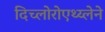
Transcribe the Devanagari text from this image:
दिच्लोरोएथ्य्लेने